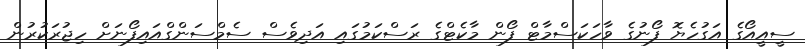
ސީއީއޯގެ އަގުހެޔޮ ފޯނުގެ ވާހަކަސްމާޓް ފޯން މާކެޓްގެ ރަސްކަމުގައި އަދިވެސް ސެމްސަންގްއައިފޯނަށް ހިޖުރަކުރުން